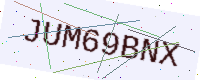
Text: JUM69BNX